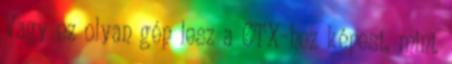
Vagy ez olyan gép lesz a CTX-hez képest, mint